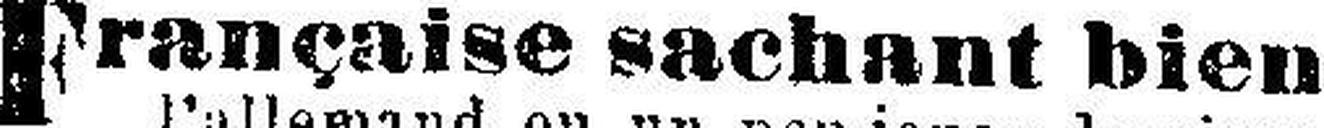
Française sachant bien